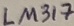
Text: LM317